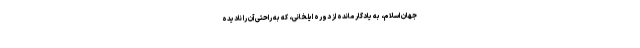
جهان اسلام، به یادگار مانده از دوره ایلخانی، که به راحتی آن را نادیده